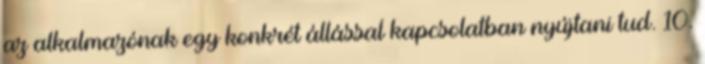
az alkalmazónak egy konkrét állással kapcsolatban nyújtani tud. 10.